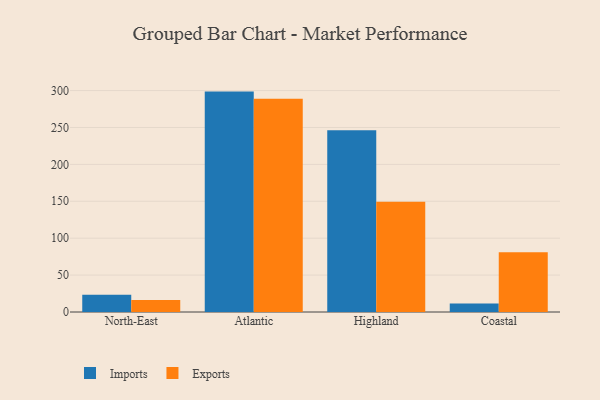
{"axis": {"x": "Region", "y": "Operating Costs (USD K)"}, "legend": ["Exports", "Imports"], "data": [{"x": "North-East", "y": 23.3, "type": "Imports"}, {"x": "North-East", "y": 16.4, "type": "Exports"}, {"x": "Atlantic", "y": 298.6, "type": "Imports"}, {"x": "Atlantic", "y": 288.9, "type": "Exports"}, {"x": "Highland", "y": 246.3, "type": "Imports"}, {"x": "Highland", "y": 149.3, "type": "Exports"}, {"x": "Coastal", "y": 11.4, "type": "Imports"}, {"x": "Coastal", "y": 81.1, "type": "Exports"}]}